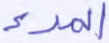
المرء